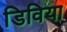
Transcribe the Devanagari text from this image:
डिविया